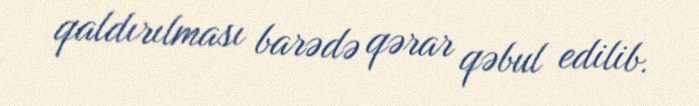
qaldırılması barədə qərar qəbul edilib.